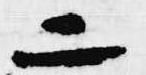
二